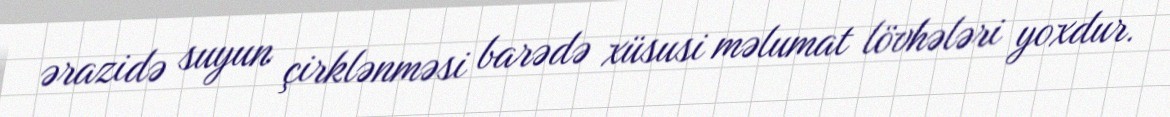
ərazidə suyun çirklənməsi barədə xüsusi məlumat lövhələri yoxdur.